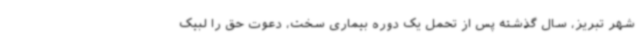
شهر تبریز، سال گذشته پس از تحمل یک دوره بیماری سخت، دعوت حق را لبیک